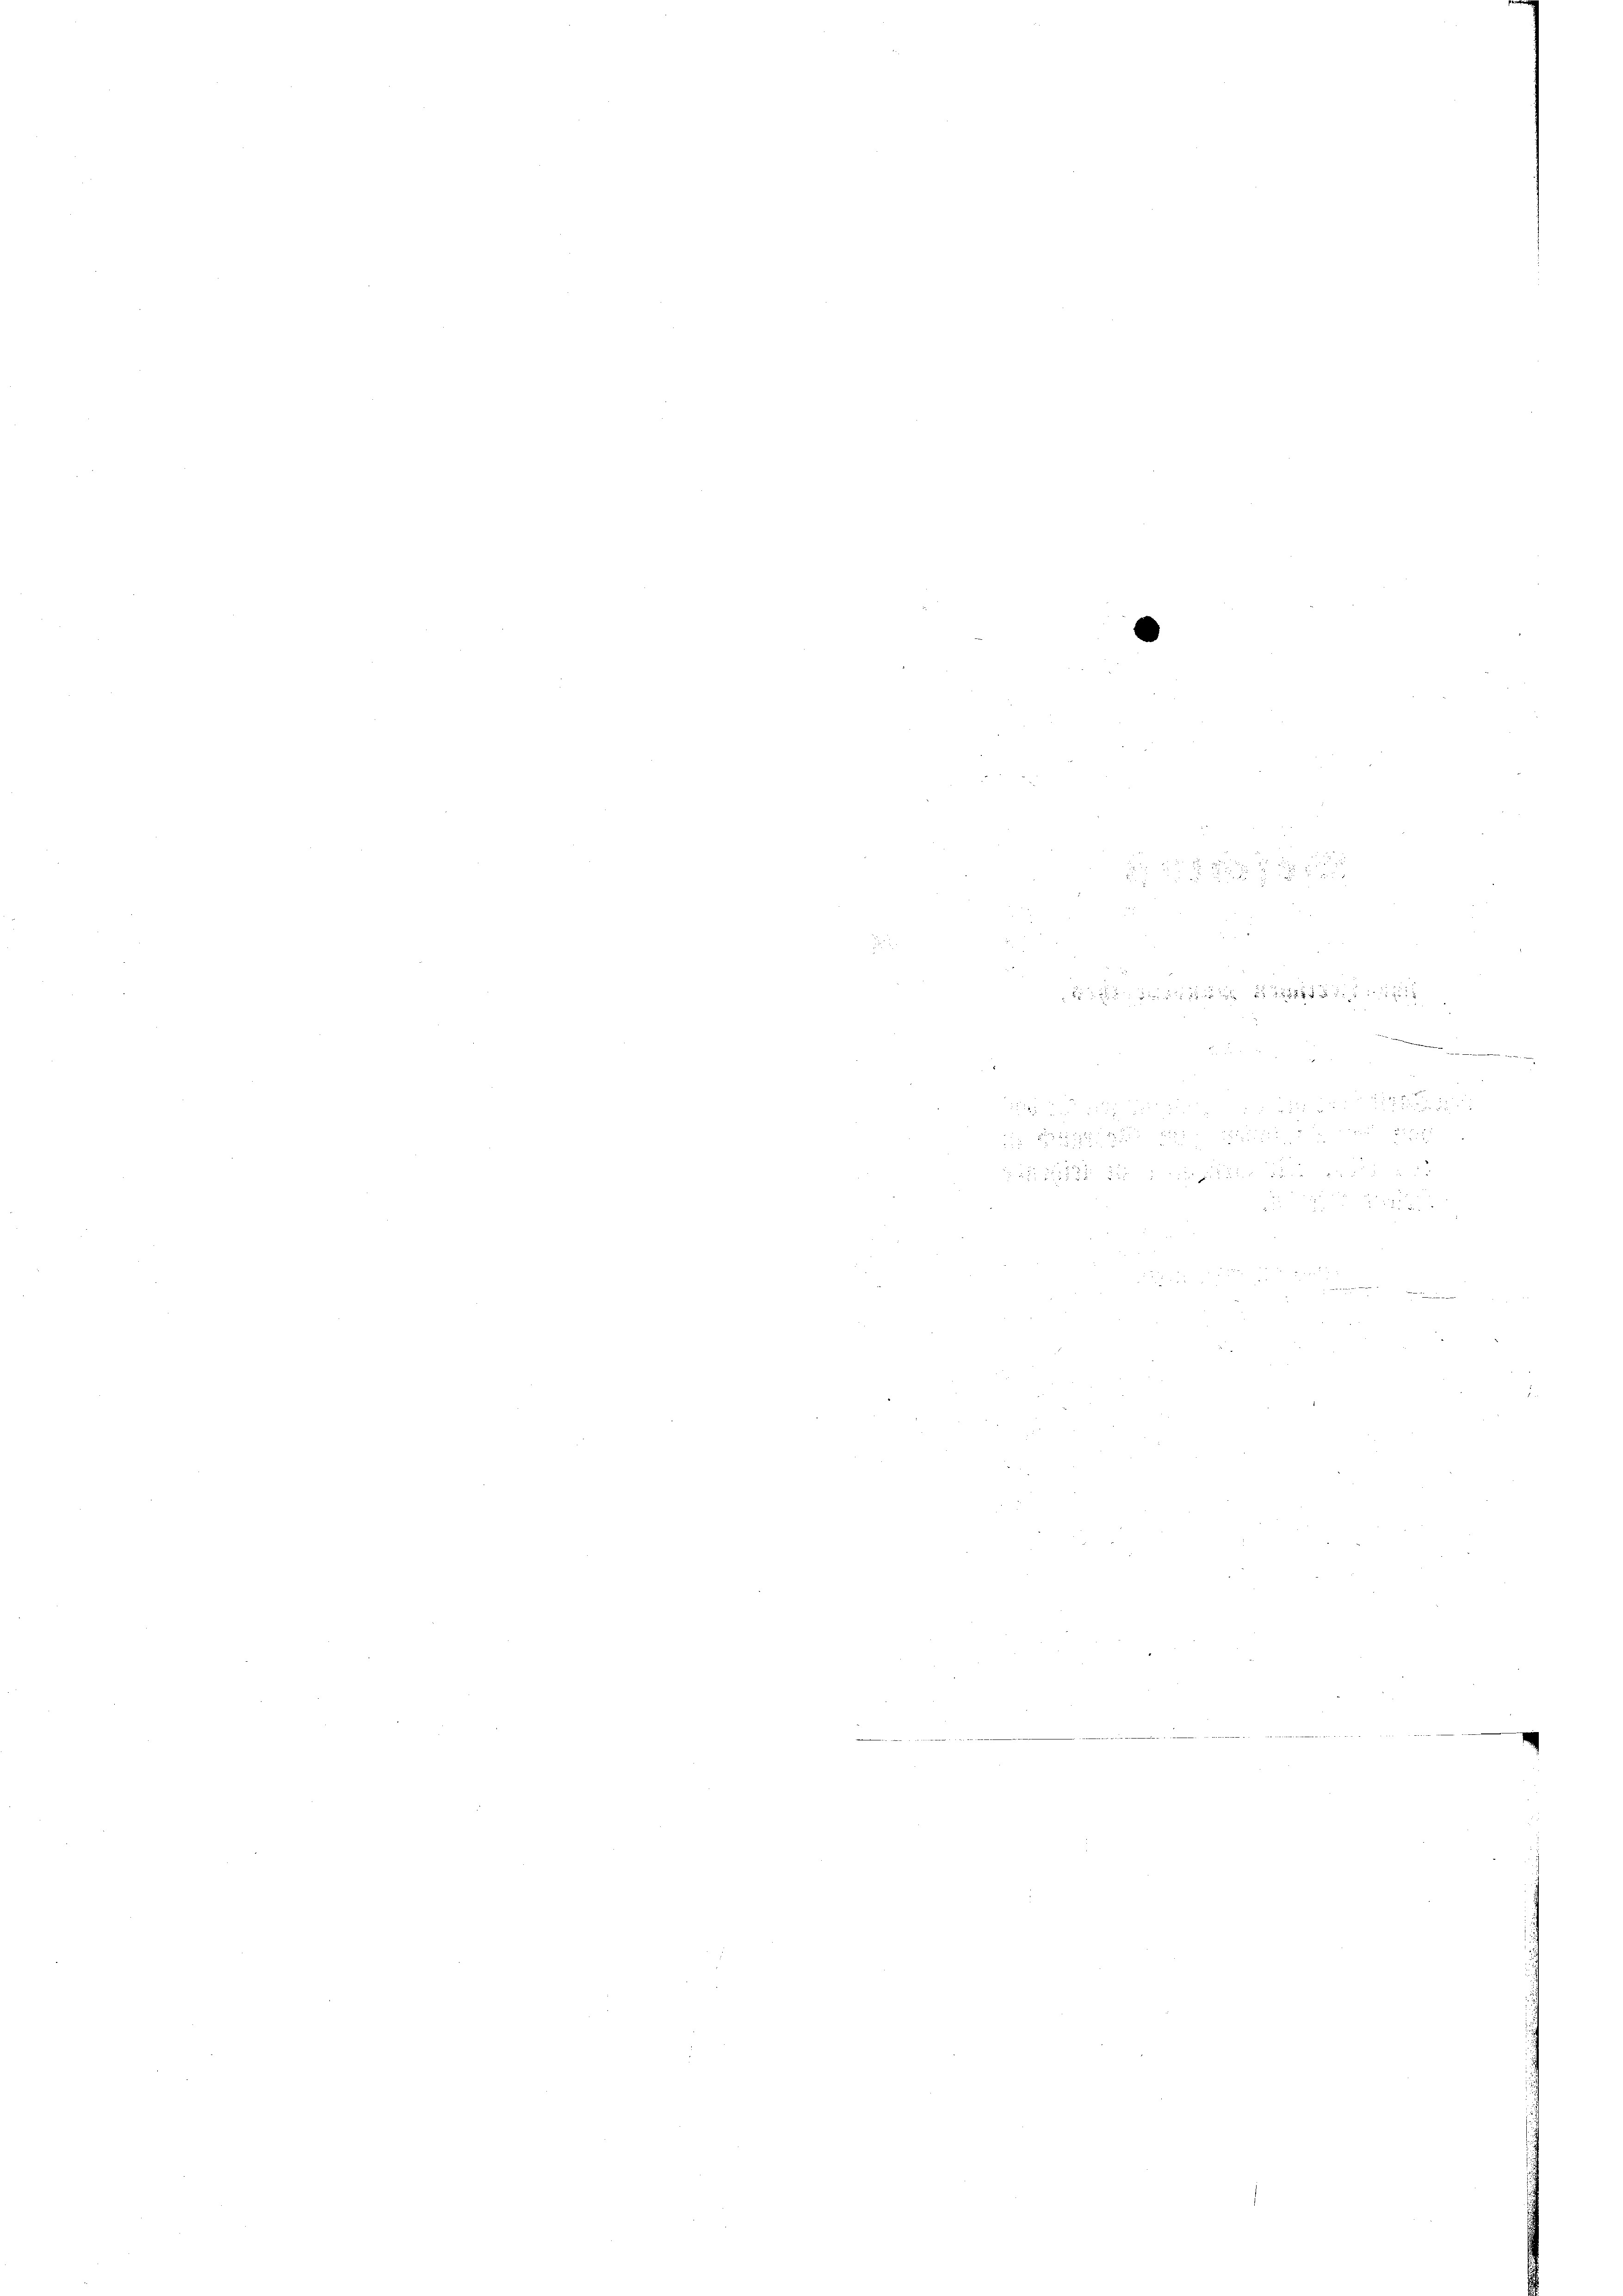
.

u
.

e

der einer
 xx
s
2 x 10 xx
n

 xxx

e